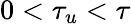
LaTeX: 0<\tau_{u}<\tau